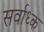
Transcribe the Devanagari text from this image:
सर्वाध्क